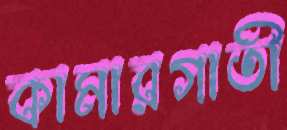
কামারগাতী